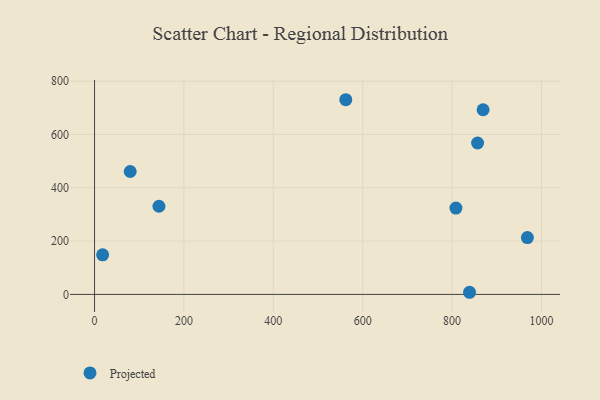
{"axis": {"x": "Study Hours", "y": "Fuel Efficiency"}, "legend": ["Projected"], "data": [{"x": "18.1", "y": 148.5, "type": "Projected"}, {"x": "562.2", "y": 730.4, "type": "Projected"}, {"x": "839.1", "y": 8.0, "type": "Projected"}, {"x": "857.1", "y": 568.1, "type": "Projected"}, {"x": "968.5", "y": 213.1, "type": "Projected"}, {"x": "808.6", "y": 323.9, "type": "Projected"}, {"x": "79.8", "y": 461.1, "type": "Projected"}, {"x": "144.1", "y": 330.7, "type": "Projected"}, {"x": "869.4", "y": 692.7, "type": "Projected"}]}